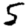
Digit: 5